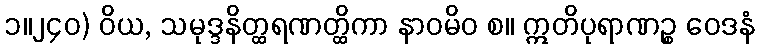
၁။၂၄၀) ဝိယ, သမုဒ္ဒနိတ္ထရဏတ္ထိကာ နာဝမိဝ စ။ ဣတိပုရာဏဉ္စ ဝေဒနံ